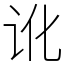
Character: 讹